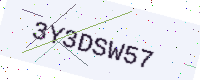
Text: 3Y3DSW57